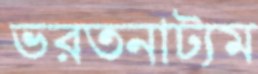
ভরতনাট্যম